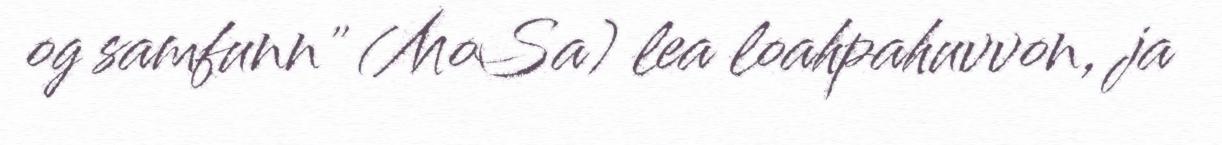
og samfunn" (MoSa) lea loahpahuvvon, ja